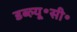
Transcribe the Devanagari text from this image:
डब्ल्यू॰सी॰